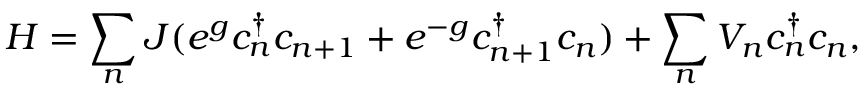
H = \sum _ { n } J ( e ^ { g } c _ { n } ^ { \dagger } c _ { n + 1 } + e ^ { - g } c _ { n + 1 } ^ { \dagger } c _ { n } ) + \sum _ { n } V _ { n } c _ { n } ^ { \dagger } c _ { n } ,